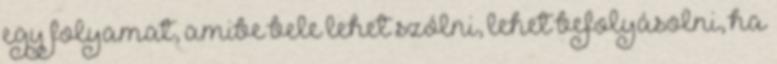
egy folyamat, amibe bele lehet szólni, lehet befolyásolni, ha